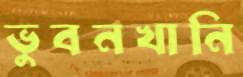
ভুবনখানি